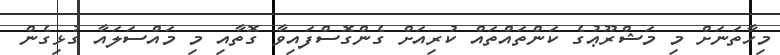
މިހާތަނަށް މި މަޝްރޫޢުގެ ކަންތައްތައް ކުރިއަށް ގެންގޮސްފައިވާ ގޮތާއި މި މައްސަލައާ ގުޅިގެން